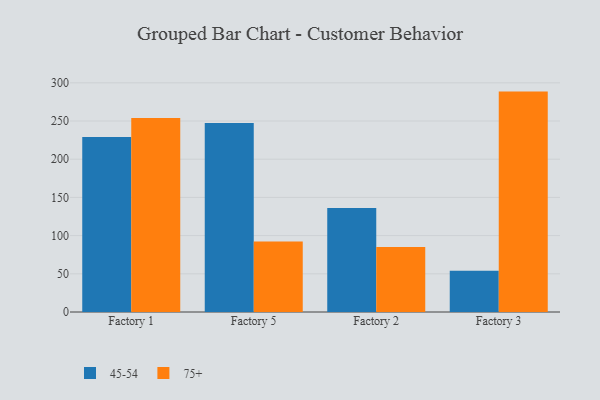
{"axis": {"x": "Factory", "y": "Waste Production (Tons)"}, "legend": ["45-54", "75+"], "data": [{"x": "Factory 1", "y": 229.0, "type": "45-54"}, {"x": "Factory 1", "y": 254.0, "type": "75+"}, {"x": "Factory 5", "y": 247.5, "type": "45-54"}, {"x": "Factory 5", "y": 92.2, "type": "75+"}, {"x": "Factory 2", "y": 136.1, "type": "45-54"}, {"x": "Factory 2", "y": 85.0, "type": "75+"}, {"x": "Factory 3", "y": 53.9, "type": "45-54"}, {"x": "Factory 3", "y": 288.5, "type": "75+"}]}